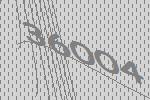
36004